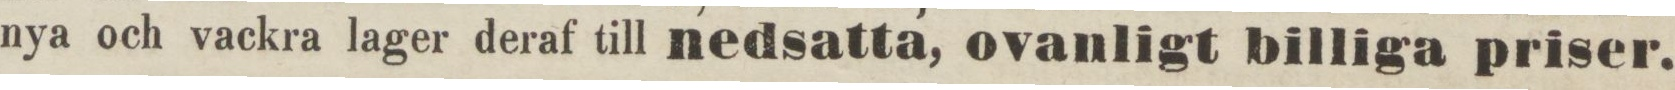
nya och vackra lager deraf till nedsatta, ovanligt billiga priser.